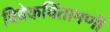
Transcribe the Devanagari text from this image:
विवेकचिंतामणी